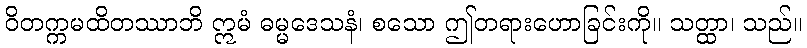
ဝိတက္ကမထိတဿာဘိ ဣမံ ဓမ္မဒေသနံ၊ စသော ဤတရားဟောခြင်းကို။ သတ္ထာ၊ သည်။